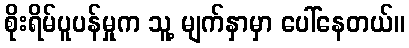
စိုးရိမ်ပူပန်မှုက သူ့ မျက်နှာမှာ ပေါ်နေတယ်။